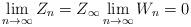
LaTeX: \begin{align*} \lim_{n \to \infty} Z_n = Z_\infty \lim_{n \to \infty} W_n = 0 \end{align*}